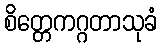
စိတ္တေကဂ္ဂတာသုခံ